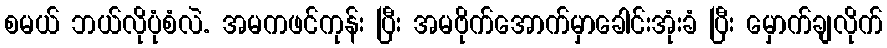
စမယ် ဘယ်လိုပုံစံလဲ. အမကဖင်ကုန်း ပြီး အမဗိုက်အောက်မှာခေါင်းအုံးခံ ပြီး မှောက်ချလိုက်